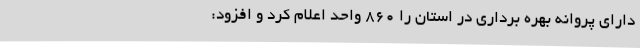
دارای پروانه بهره برداری در استان را 860 واحد اعلام کرد و افزود: